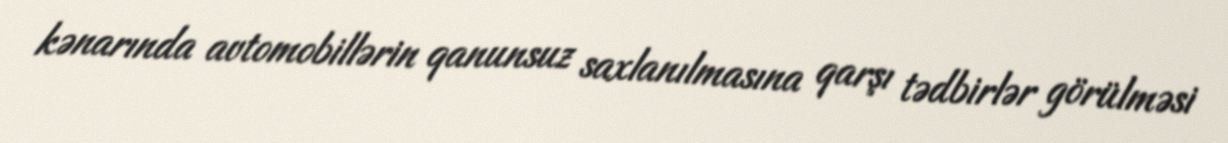
kənarında avtomobillərin qanunsuz saxlanılmasına qarşı tədbirlər görülməsi